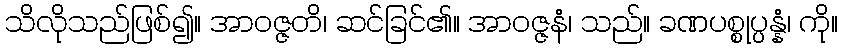
သိလိုသည်ဖြစ်၍။ အာဝဇ္ဇတိ၊ ဆင်ခြင်၏။ အာဝဇ္ဇနံ၊ သည်။ ခဏပစ္စုပ္ပန္နံ၊ ကို။